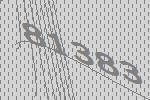
81383